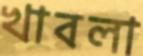
খাবলা